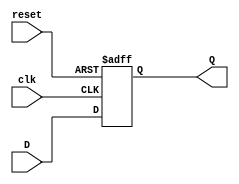
module flip_flop_register #(
    parameter N = 8  // Number of bits in the register
)(
    input wire clk,          // Clock input
    input wire reset,        // Asynchronous reset input
    input wire [N-1:0] D,    // N-bit data input
    output reg [N-1:0] Q     // N-bit output
);

    // Asynchronous reset and synchronous data capture
    always @(posedge clk or posedge reset) begin
        if (reset) begin
            Q <= {N{1'b0}};  // Reset all bits to 0
        end else begin
            Q <= D;          // Capture data on rising edge of clock
        end
    end

endmodule